Civil Veterinary Dept. Bombay admin report 1907-1913 - 1907-1913
Year: 1907
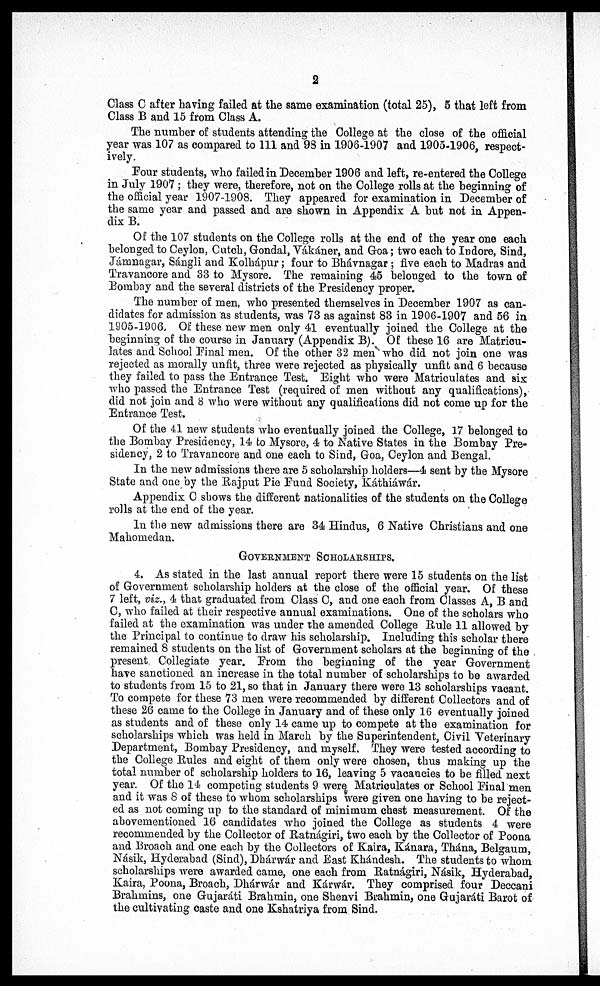
2
Class C after having failed at the same examination (total 25), 5 that left from
Class B and 15 from Class A.
The number of students attending the College at the close of the official
year was 107 as compared to 111 and 98 in 1906-1907 and 1905-1906, respect-
ively.
Pour students, who failed in December 1906 and left, re-entered the College
in July 1907 ; they were, therefore, not on the College rolls at the beginning of
the official year 1907-1908. They appeared for examination in December of
the same year and passed and are shown in Appendix A but not in Appen-
dix B.
Of the 107 students on the College rolls at the end of the year one each
belonged to Ceylon, Cutch, Gondal, Vákáner, and Goa; two each to Indore, Sind,
Jámnagar, Sángli and Kolhápur; four to Bhávnagar ; five each to Madras and
Travancore and 33 to Mysore. The remaining 45 belonged to the town of
Bombay and the several districts of the Presidency proper.
The number of men, who presented themselves in December 1907 as can-
didates for admission as students, was 73 as against 83 in 1906-1907 and 56 in
1905-1906, Of these new men only 41 eventually joined the College at the
beginning of the course in January (Appendix B). Of these 16 are Matricu-
lates and School Pinal men. Of the other 32 men who did not join one was
rejected as morally unfit, three were rejected as physically unfit and 6 because
they failed to pass the Entrance Test. Eight who were Matriculates and six
who passed the Entrance Test (required of men without any qualifications),
did not join and 8 who were without any qualifications did not come up for the
Entrance Test.
Of the 41 new students who eventually joined the College, 17 belonged to
the Bombay Presidency, 14 to Mysore, 4 to Native States in the Bombay Pre-
sidency, 2 to Travancore and one each to Sind, Goa, Ceylon and Bengal.
In the new admissions there are 5 scholarship holders—4 sent by the Mysore
State and one by the Rajput Pie Fund Society, Káthiáwár.
Appendix C shows the different nationalities of the students on the College
rolls at the end of the year.
In the new admissions there are 34 Hindus, 6 Native Christians and one
Mahomedan.
GOVENMENT
SCHOLARSHIPS.
4. As stated in the last annual report there were 15 students on the list
of Government scholarship holders at the close of the official year. Of these
7 left, viz., 4 that graduated from Class C, and one each from Classes A, B and
C, who failed at their respective annual examinations. One of the scholars who
failed at the examination was under the amended College Rule 11 allowed by
the Principal to continue to draw his scholarship. Including this scholar there
remained 8 students on the list of Government scholars at the beginning of the
present Collegiate year. From the beginning of the year Government
have sanctioned an increase in the total number of scholarships to be awarded
to students from 15 to 21, so that in January there were 13 scholarships vacant.
To compete for these 73 men were recommended by different Collectors and of
these 26 came to the College in January and of these only 16 eventually joined
as students and of these only 14 came up to compete at the examination for
scholarships which was held in March by the Superintendent, Civil Veterinary
Department, Bombay Presidency, and myself. They were tested according to
the College Rules and eight of them only were chosen, thus making up the
total number of scholarship holders to 16, leaving 5 vacancies to be filled next
year. Of the 14 competing students 9 were Matriculates or School Pinal men
and it was 8 of these to whom scholarships were given one having to be reject-
ed as not coming up to the standard of minimum chest measurement. Of the
abovementioned 16 candidates who joined the College as students 4 were
recommended by the Collector of Ratnágiri, two each by the Collector of Poona
and Broach and one each by the Collectors of Kaira, Kánara, Thána, Belgaum,
Násik, Hyderabad (Sind), Dhárwár and East Khándesh. The students to whom
scholarships were awarded came, one each from Ratnágiri, Násik, Hyderabad,
Kaira, Poona, Broach, Dhárwár and Kárwár. They comprised four Deccani
Brahmins, one Gujaráti Brahmin, one Shenvi Brahmin, one Gujaráti Barot of
the cultivating caste and one Kshatriya from Sind.